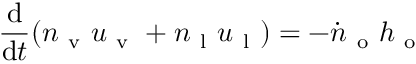
\frac { \mathrm { d } } { \mathrm { d } t } ( n _ { \mathrm { ~ v ~ } } u _ { \mathrm { ~ v ~ } } + n _ { \mathrm { ~ l ~ } } u _ { \mathrm { ~ l ~ } } ) = - \dot { n } _ { \mathrm { ~ o ~ } } h _ { \mathrm { ~ o ~ } }